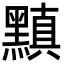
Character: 黰